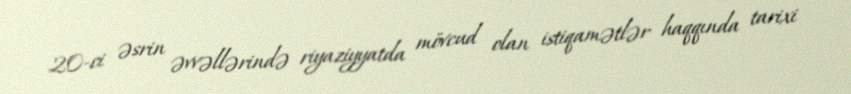
20-ci əsrin əvvəllərində riyaziyyatda mövcud olan istiqamətlər haqqında tarixi